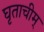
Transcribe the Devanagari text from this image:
घृताचीम्